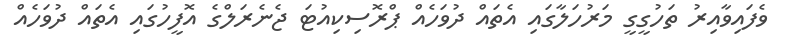
ވެފައިވާއިރު ތަހުގީގީ މަރުހަލާގައި އެތައް ދުވަހެއް ޕްރޮސިކިއުޓަ ޖެނެރަލްގެ އޮފީހުގައި އެތައް ދުވަހެއް